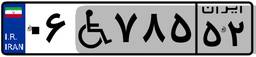
۰۶W۷۸۵۵۲